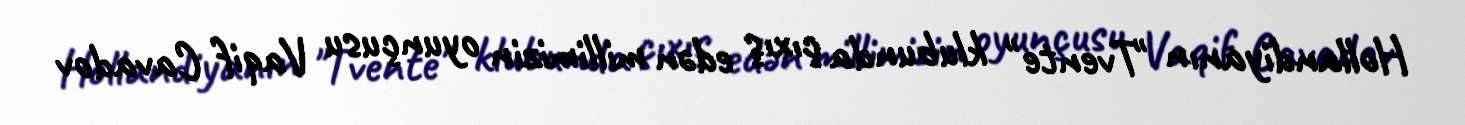
Hollandiyanın "Tvente" klubunda çıxış edən millimizin oyunçusu Vaqif Cavadov